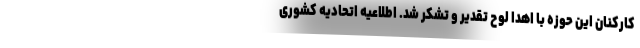
کارکنان این حوزه با اهدا لوح تقدیر و تشکر شد. اطلاعیه اتحادیه کشوری